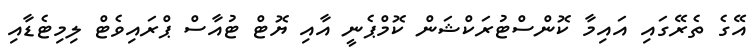
އޭގެ ތެރޭގައި އައިމާ ކޮންސްޓުރަކްޝަން ކޮމްޕެނީ އާއި ޔޮޓް ޓުއާސް ޕްރައިވެޓް ލިމިޓެޑާއި